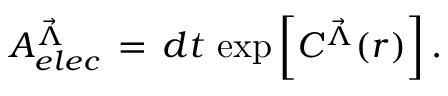
A _ { e l e c } ^ { { \vec { \Lambda } } } \, = \, d t \, \exp \left[ C ^ { { \vec { \Lambda } } } ( r ) \right] .